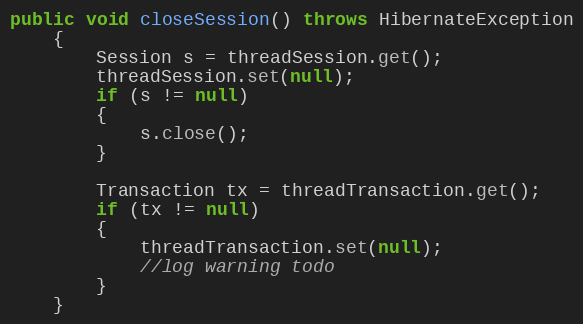
Language: Java
public void closeSession() throws HibernateException
    {
        Session s = threadSession.get();
        threadSession.set(null);
        if (s != null)
        {
            s.close();
        }

        Transaction tx = threadTransaction.get();
        if (tx != null)
        {
            threadTransaction.set(null);
            //log warning todo
        }
    }